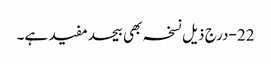
22-درج ذیل نسخہ بھی بیحدمفید ہے۔